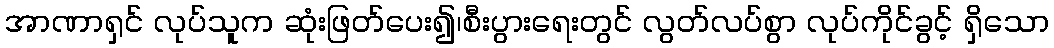
အာဏာရှင် လုပ်သူက ဆုံးဖြတ်ပေး၍၊စီးပွားရေးတွင် လွတ်လပ်စွာ လုပ်ကိုင်ခွင့် ရှိသော